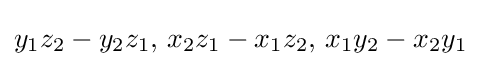
y_{1}z_{2}-y_{2}z_{1},\,x_{2}z_{1}-x_{1}z_{2},\,x_{1}y_{2}-x_{2}y_{1}